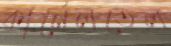
কার্নেলতেল